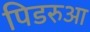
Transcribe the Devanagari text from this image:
पिडरुआ